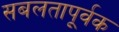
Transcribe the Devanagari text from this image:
सबलतापूर्वक